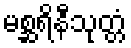
မစ္ဆရိနီသုတ္တံ